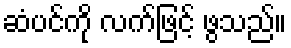
ဆံပင်ကို လက်ဖြင့် ဖွသည်။